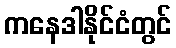
ကနေဒါနိုင်ငံတွင်